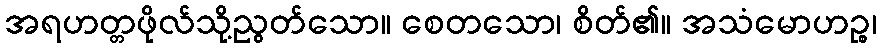
အရဟတ္တဖိုလ်သို့ညွတ်သော။ စေတသော၊ စိတ်၏။ အသံမောဟဉ္စ၊